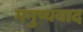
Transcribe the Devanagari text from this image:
मनुष्यवाद